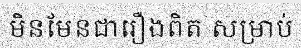
មិនមែនជារឿងពិត សម្រាប់